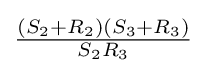
{\tfrac {(S_{2}+R_{2})(S_{3}+R_{3})}{S_{2}R_{3}}}